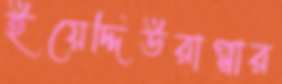
ইয়েদ্দিউরাপ্পার